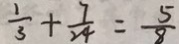
\frac { 1 } { 3 } + \frac { 7 } { 2 4 } = \frac { 5 } { 8 }